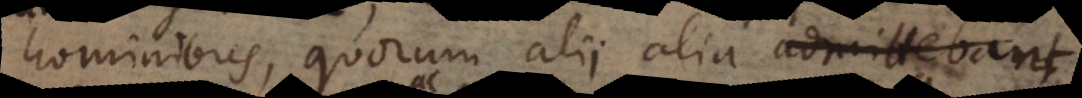
hominibus, quorum alii alia admittebant